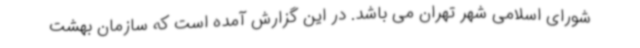
شورای اسلامی شهر تهران می باشد. در این گزارش آمده است که سازمان بهشت